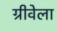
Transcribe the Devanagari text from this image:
ग्रीवेला